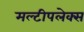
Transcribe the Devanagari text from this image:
मल्टीपलेक्स